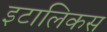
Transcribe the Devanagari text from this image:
इटालिकस